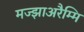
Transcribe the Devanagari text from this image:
मज्झाअरैम्मि